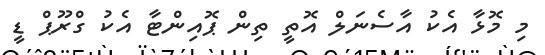
މި މޮޅާ އެކު އާސެނަލް އޮތީ ތިން ޕޮއިންޓާ އެކު ގްރޫޕް ޑީ